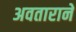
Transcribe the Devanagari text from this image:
अवताराने